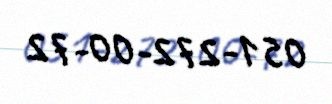
051-272-00-72